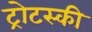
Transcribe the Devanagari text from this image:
ट्रोटस्की